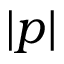
| p |